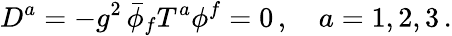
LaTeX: D^{a}=-g^{2}\, \bar{\phi}_{f}T^{a}\phi^{f}=0\, ,\quad a=1,2,3\, .